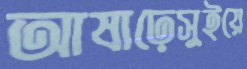
আষাঢ়েসুইয়ে